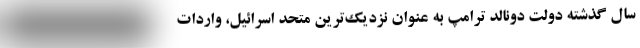
سال گذشته دولت دونالد ترامپ به عنوان نزدیک‌ترین متحد اسرائیل، واردات